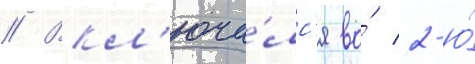
// Вкл'юча́лс'я во́ 2-ю́